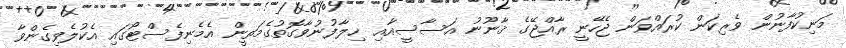
މަނިކުފާނުން ވެރިކަން ކުރައްވަން ޖެހޭނީ ރާއްޖޭގެ ޤާނޫނު އަސާސީއާއި ޚިލާފުނުވާގޮތުގެމަތީން އެމެނިފެސްޓޯގައި އެކުލެވިގެންވާ